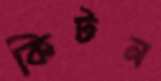
কিটন